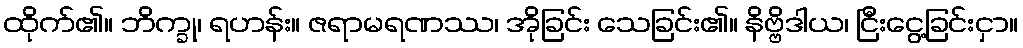
ထိုက်၏။ ဘိက္ခု၊ ရဟန်း။ ဇရာမရဏဿ၊ အိုခြင်း သေခြင်း၏။ နိဗ္ဗိဒါယ၊ ငြီးငွေ့ခြင်းငှာ။